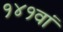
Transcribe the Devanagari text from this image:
१४१वां